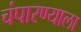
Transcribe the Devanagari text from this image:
चंपारण्याला